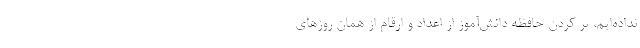
نداده‌‌ایم، پر کردن حافظه دانش‌آموز از اعداد و ارقام از همان روزهای